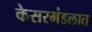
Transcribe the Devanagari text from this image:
केसरमंडलात